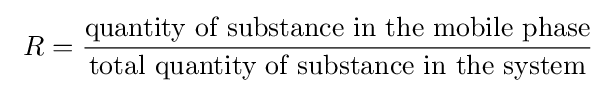
\ R={\frac {\mbox{quantity of substance in the mobile phase}}{\mbox{total quantity of substance in the system}}}